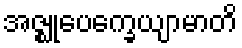
အဇ္ဈုပေက္ခေယျာမာတိ